Vaccination in Bombay 1902-1912 - 1902-1912
Year: 1902
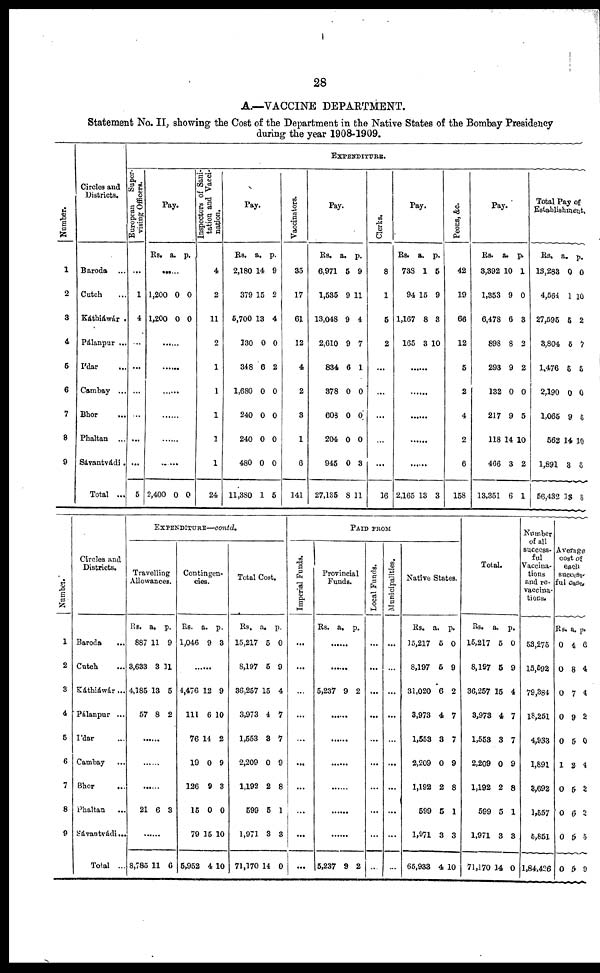
28
A.—VACCINE DEPARTMENT.
Statement No. II, showing the Cost of the Department in the Native States of the Bombay Presidency
during the year 1908-1909.
Number.
1
2
3
4
5
6
7
8
9
Circles and
Districts.
Baroda ...
Cutch ...
Káthiáwár .
Pálanpur ...
Ídar ...
Cambay ...
Bhor ...
Phaltan ...
Sávantvádi.
Total ...
EXPENDITURE.
European
Super-
vising Officers.
...
1
4
...
...
...
...
...
...
5
Pay.
Rs. a. p.
......
1,200
1,200
0
0
0
0
......
......
......
......
......
.....
2,400 0 0
Inspectors of Sani-
tation and Vacci-
nation.
4
2
11
2
1
1
1
1
1
24
Pay.
Rs.
2,180
379
5,700
130
348
1,680
240
240
480
11,380
a.
14
15
13
0
6
0
0
0
0
1
p.
9
2
4
0
2
0
0
0
0
5
Vaccinators.
35
17
61
12
4
2
3
1
6
141
Pay.
Rs.
6,971
1,535
13,048
2,610
834
378
608
204
945
27,135
a.
5
9
9
9
6
0
0
0
0
8
p.
9
11
4
7
1
0
0
0
3
11
Clerks.
8
1
5
2
...
...
...
...
...
16
Pay.
Rs.
738
94
1,167
165
a.
1
15
8
3
p.
5
9
3
10
......
......
......
......
......
2,165 13 3
Peons, &c.
42
19
66
12
5
2
4
2
6
158
Pay.
Rs.
3,392
1,353
6,478
898
293
132
217
118
466
13,351
a.
10
9
6
8
9
0
9
14
3
6
p.
1
0
3
2
2
0
5
10
2
1
Total Pay of
Establishment.
Rs.
13,283
4,564
27,595
3,804
1,476
2,190
1,065
562
1,891
56,432
a.
0
1
5
5
5
0
9
14
3
13
p.
0
10
2
7
5
0
5
10
5
8
Number.
1
2
3
4
5
6
7
8
9
Circles and
Districts.
Baroda ...
Cutch ...
Káthiáwár...
Pálanpur ...
Ídar ...
Cambay ...
Bhor ...
Phaltan
...
Sávantvádi...
Total ...
EXPENDITURE—contd.
Travelling
Allowances.
Rs.
887
3,633
4,185
57
a.
11
3
13
8
p.
9
11
5
2
......
......
......
21 6 3
......
8,785 11 6
Contingen-
cies.
Rs.
1,046
a.
9
p.
3
......
4,476
111
76
19
126
15
79
5,952
12
6
14
0
9
0
15
4
9
10
2
9
3
0
10
10
Total Cost.
Rs.
15,217
8,197
36,257
3,973
1,553
2,209
1,192
599
1,971
71,170
a.
5
5
15
4
3
0
2
5
3
14
p.
0
9
4
7
7
9
8
1
3
0
PAID FROM
Imperial Funds.
...
...
...
...
...
...
...
...
...
...
Provincial
Funds.
Rs. a. p.
......
......
5,237 9 2
......
......
......
......
......
......
5,237 9 2
Local Funds.
...
...
...
...
...
...
...
...
...
...
Municipalities.
...
...
...
...
...
...
...
...
...
...
Native States.
Rs.
15,217
8,197
31,020
3,973
1,553
2,209
1,192
599
1,971
65,933
a.
5
5
6
4
3
0
2
5
3
4
p.
0
9
2
7
7
9
8
1
3
10
Total.
Rs.
15,217
8,197
36,257
3,973
1,553
2,209
1,192
599
1,971
71,170
a.
5
5
15
4
3
0
2
5
3
14
p.
0
9
4
7
7
9
8
1
3
0
Number
of all
success-
ful
Vaccina-
tions
and re-
vaccina-
tions.
53,275
15,592
79,384
18,251
4,933
1,891
3,692
1,557
5,851
1,84,426
Average
cost of
each
success-
ful case.
Rs.
0
0
0
0
0
1
0
0
0
0
a.
4
8
7
9
5
2
5
6
5
5
p.
6
4
4
2
0
4
2
2
5
0